Lunatic asylums Madras 1877-1891 - 1877-1891
Year: 1877
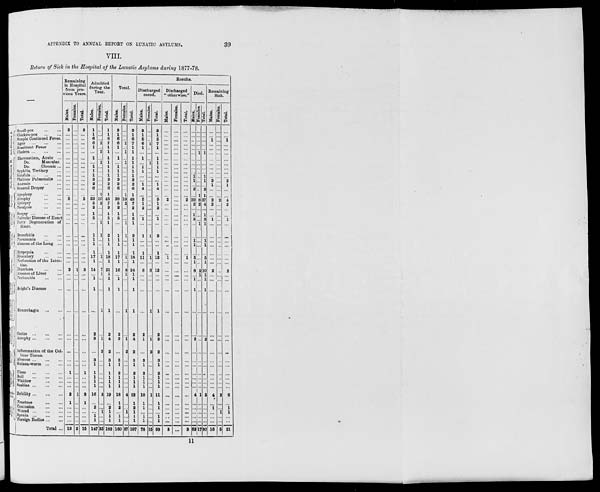
39
APPENDIX TO ANNUAL REPORT ON LUNATIC ASYLUMS.
VIII.
Return of Sick in the Hospital of the Lunatic Asylums during 1877-78.
—
Sub-Division
A.
Sub-Division
B.
Nervous
System.
Circulatory
System.
Respiratory
System.
Diagnosis
System.
Uninary
System.
Female organ of Generation.
Organs
of
Locomotion
Cellular
Tissue.
Custancous
System.
ondi-
tion.
Local
Injury.
Small-pox
...
...
Chicken-pox ... ...
Simple Continued Fever.
Ague
...
...
...
Remittent Fever ...
Cholera
...
...
...
Rheumatism, Acute ...
Do.
Muscular.
Do.
Chronic ...
Syphilis, Tertiary ...
Scrofula
...
...
...
Phthisis Pulmonalis ...
Anæmia ... ...
General Dropsy ...
Apoplexy
...
...
Atrophy
...
...
Epilepsy ... ...
Paralysis
...
...
Dropsy
...
...
Valvular Disease of Heart
Fatty Degeneration of
Heart.
Bronchitis ... ...
Pneumonia ... ...
Abscess of the Lung ...
Dyspepsia ... ...
Dysentery ... ...
Perforation of the Intestine.
Diarrhœa ... ...
Abscess of Liver ...
Peritonitis
...
...
Blight's Disease
Menorrhagia
...
...
Caries
...
...
...
Atrophy ... ... ...
Inflammation of the Celular Tissue.
Abscess ...
...
...
Guinea-worm ... ...
Ulcer
...
...
...
Boil
...
...
...
Whitlow
...
...
Scabies ... ... ...
Debility
...
...
...
Fracture
...
...
Contusion ... ...
Wound
...
...
...
Sprain
...
...
...
Foreign Bodies ... ...
Total ..
Remaining
in Hospital
from pre-
vious Years.
Males.
2
...
...
...
...
...
...
...
...
...
...
...
...
...
...
5
...
...
...
...
...
...
...
...
...
...
...
2
...
...
...
...
...
...
...
...
...
1
...
...
...
2
1
...
...
...
...
13
Females.
...
..
...
...
...
...
...
...
...
...
...
...
...
...
...
...
...
...
...
...
...
...
...
...
...
...
...
1
...
...
...
...
...
...
...
...
...
...
...
...
...
1
...
...
...
...
...
2
Total.
2
...
...
...
...
...
...
...
...
...
...
...
...
...
...
5
...
...
...
...
...
...
...
...
...
...
...
3
...
...
...
...
...
...
...
...
...
1
...
...
...
3
1
...
...
...
...
15
Admitted
during the
Year.
Males.
1
1
6
6
1
...
1
...
1
1
1
3
2
6
...
33
5
2
1
5
...
1
1
1
1
17
1
14
...
1
1
...
2
3
...
3
1
1
1
1
1
16
...
2
...
1
1
147
Females.
...
...
...
1
...
1
...
1
...
...
...
...
...
...
1
10
2
...
...
...
1
1
...
...
...
1
...
7
...
...
...
1
...
1
2
...
...
...
...
...
...
3
...
...
...
...
...
35
Total.
1
1
6
7
1
1
1
1
1
1
1
3
2
6
1
43
7
2
1
5
1
2
1
1
1
18
1
21
1
1
1
1
2
4
2
3
1
1
1
1
1
19
...
2 1
1
1
182
Total.
Males.
3
1
6
6
1
...
1
...
1
1
1
3
2
6
...
38
5
2
1
5
...
1
1
1
1
17
1
16
...
1
1
...
2
3
...
3
1
2
1
1
1
18
1
2
...
1
1
160
Females.
...
...
...
1
...
1
...
1
...
...
...
...
...
...
1
10
2
...
...
...
1
1
...
...
...
1
...
8
1
...
...
1
...
1
2
...
...
...
...
..
...
4
...
...
1
...
...
37
Total.
3
1
6
7
1
1
1
1
1
1
1
3
2
6
1
48
7
2
1
5
1
2
1
1
1
18
1
24
1
1
1
1
2
4
2
3
1
2
1
1
1
22
1
2
1
1
1
197
Results.
Discharged
cured.
Males.
3
1
5
6
1
...
1
...
1
1
...
...
1
4
...
5
1
2
...
1
...
1
...
...
1
11
...
6
...
...
...
...
2
1
...
3 1
2
1
1
1
10
1
1
...
1
1
78
Females.
...
...
...
1
...
...
...
1
...
...
...
...
...
...
...
...
...
...
...
...
...
1
...
...
...
...
...
6
...
...
...
1
...
1
2
...
...
...
...
...
...
1
...
...
...
1
1
15
Total.
3
1
5
7
1
...
1
1
1
1
...
...
1
4
...
5
1
2
...
1
...
2
...
...
1
12
...
12
...
...
...
1
2
2
2
3
1
2
1
1
1
11
1
1
...
1
1
93
Discharged
"otherwise."
Males.
...
...
...
...
...
...
...
...
...
...
...
...
...
...
...
2
...
...
...
...
...
...
...
...
...
1
...
...
...
...
...
...
...
...
...
...
...
...
...
...
...
...
...
...
...
...
...
3
Females.
...
...
...
...
...
...
...
...
...
...
...
...
...
...
...
...
...
...
...
...
...
...
...
...
...
...
...
...
...
...
...
...
...
...
...
...
...
...
...
...
...
...
...
...
...
...
...
...
Total.
..
...
...
...
...
...
...
...
...
...
...
...
...
...
...
2
...
...
...
...
...
...
...
...
...
1
...
...
...
...
...
...
...
...
...
...
...
...
...
...
...
...
...
...
...
...
...
3
Died.
Males.
...
...
...
...
...
...
...
...
...
...
1
1
...
2
...
29
2
...
1
3
...
...
1
1
...
5
1
8
...
1
1
...
...
2
...
...
...
...
...
...
...
4
...
...
...
...
...
63
Females.
...
...
...
...
...
1
...
...
...
...
...
...
...
...
1
8
2
...
...
...
1
...
...
...
...
...
...
2
1
...
...
...
...
...
...
...
...
...
...
...
...
1
...
...
...
...
...
17
Total.
...
...
...
...
...
1
...
...
...
...
1
1
...
2
1
37
4
...
1
3
1
...
1
1
...
5
1
10
1
1
1
...
...
2
...
...
...
...
...
...
...
5
...
...
...
...
...
80
Remaining
Sick.
Males.
...
...
1
...
...
...
...
...
...
...
...
2
1
...
...
2
2
...
...
1
...
...
...
...
...
...
...
2
1
...
...
...
...
...
...
...
...
...
...
...
...
4
...
1
...
....
...
16
Females.
...
...
...
...
...
...
...
...
...
...
...
...
...
...
...
2
...
...
...
...
...
...
...
...
...
...
...
...
...
...
...
...
...
...
...
...
...
...
...
...
...
2
...
...
1
...
...
5
Total.
...
...
1
...
...
...
...
...
...
...
...
2
1
...
...
4
2
...
...
1
...
...
...
...
...
...
...
2
...
...
...
...
...
...
...
...
...
...
...
...
...
6
...
1
1
...
..
21
11